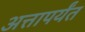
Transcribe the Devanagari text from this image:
अत्तापर्यंत